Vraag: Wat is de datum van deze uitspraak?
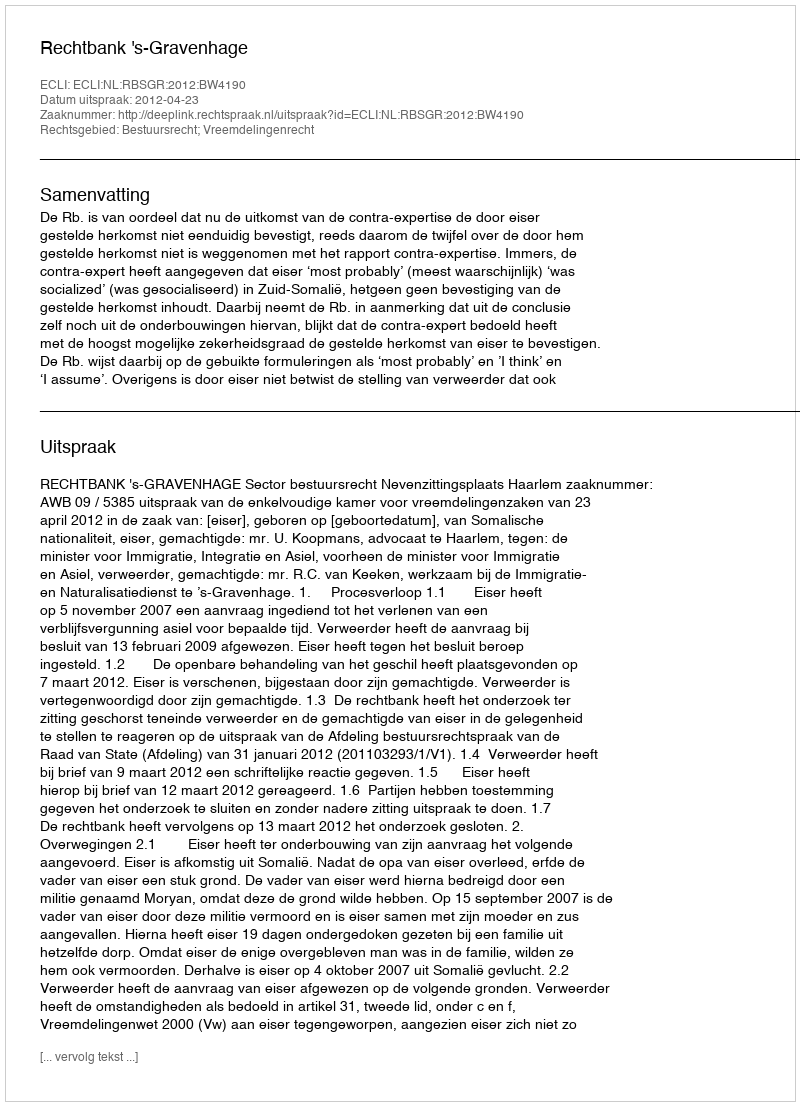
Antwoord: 2012-04-23